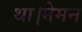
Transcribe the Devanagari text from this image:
था।मेमन